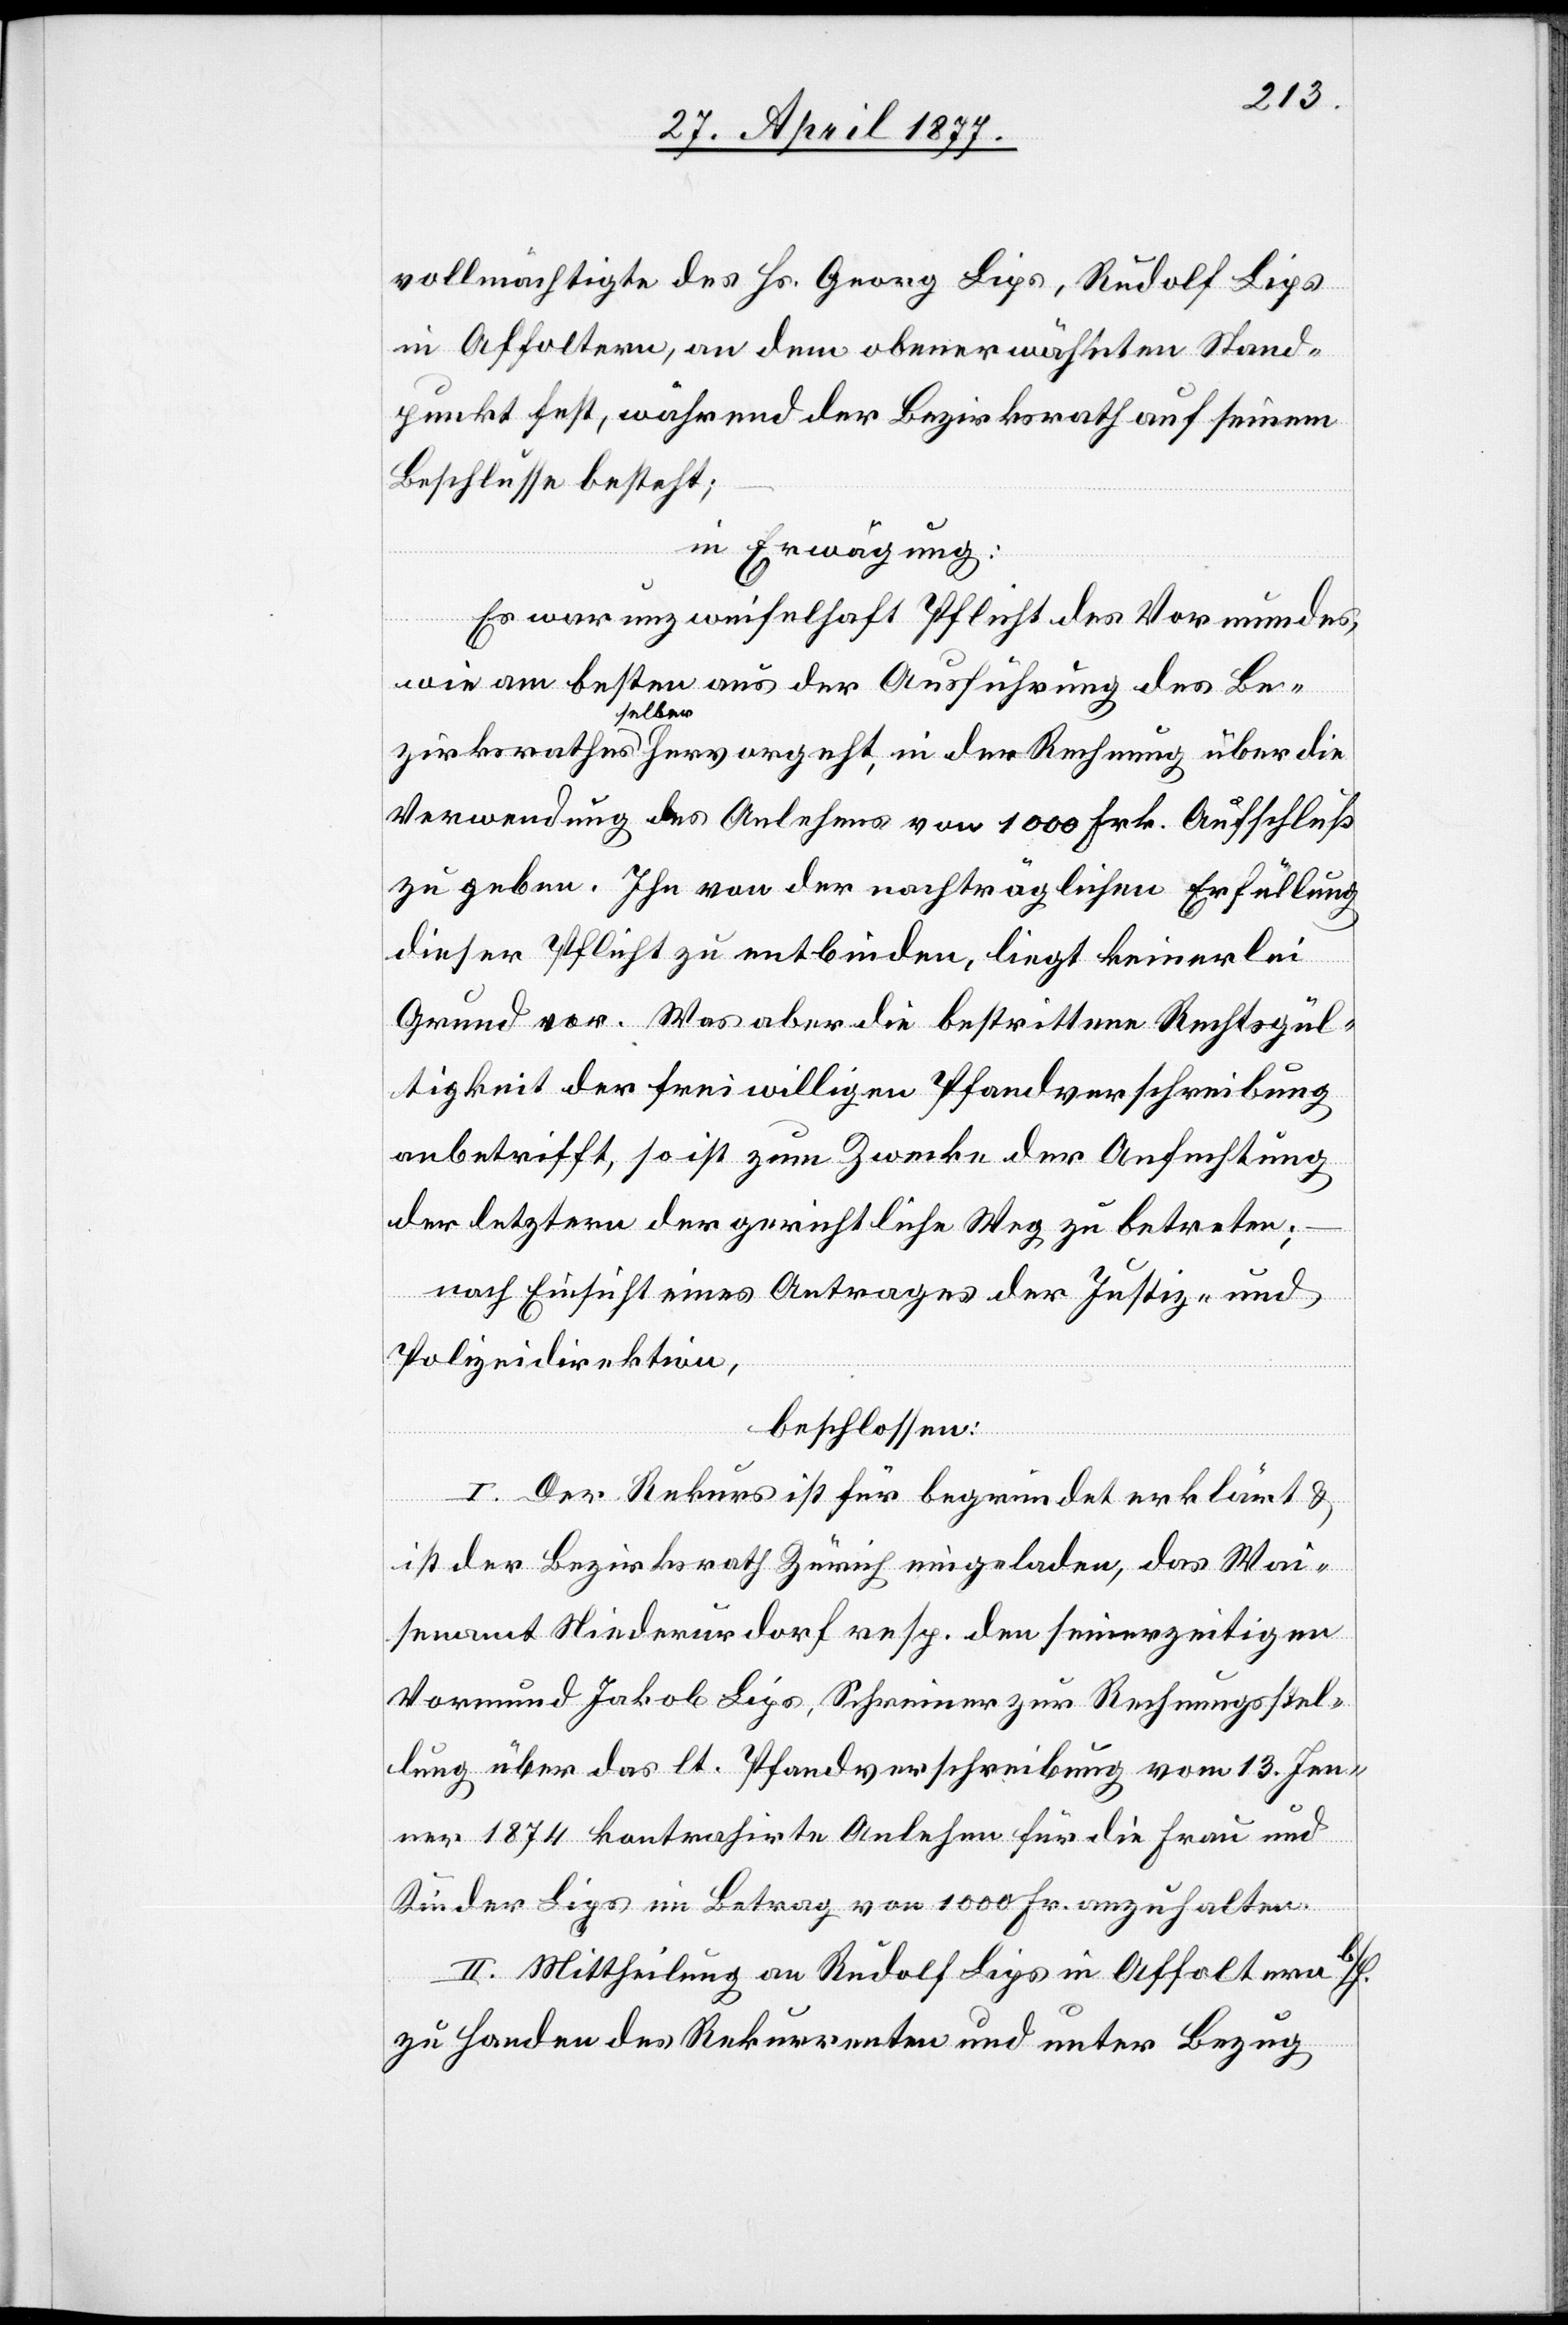
vollmächtigte des Hs. Georg Lips, Rudolf Lips
in Affoltern, an dem obenerwähnten Stand¬
punkt fest, während der Bezirksrath auf seinem
Beschlusse besteht,
in Erwägung:
Es war unzweifelhaft Pflicht des Vormundes,
wie am besten aus der Ausführung des Be¬
zirksrathes selber hervorgeht, in der Rechnung über die
Verwendung des Anlehens von 1000 Frk. Aufschluß
zu geben. Ihn von der nachträglichen Erfüllung
dieser Pflicht zu entbinden, liegt keinerlei
Grund vor. Was aber die bestrittene Rechtsgül¬
tigkeit der freiwilligen Pfandverschreibung
anbetrifft, so ist zum Zwecke der Anfechtung
der letztern der gerichtliche Weg zu betreten;
nach Einsicht eines Antrages der Justiz- und
Polizeidirektion,
beschlossen:
I. Der Rekurs ist für begründet erklärt &
ist der Bezirksrath Zürich eingeladen, das Wai¬
senamt Niederurdorf resp. den seinerzeitigen
Vormund Jakob Lips, Schreiner zur Rechnungsstel¬
lung über das lt. Pfandverschreibung vom 13. Jen¬
ner 1874 kontrahirte Anlehen für die Frau und
Kinder Lips im Betrag von 1000 Fr. anzuhalten.
II. Mittheilung an Rudolf Lips in Affoltern b/H.
zu Handen des Rekurrenten und unter Bezug